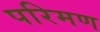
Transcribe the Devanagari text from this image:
परिमण